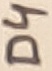
Text: D4